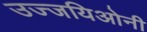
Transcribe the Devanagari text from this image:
उज्जयिओनी